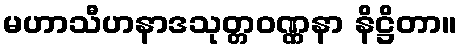
မဟာသီဟနာဒသုတ္တဝဏ္ဏနာ နိဋ္ဌိတာ။